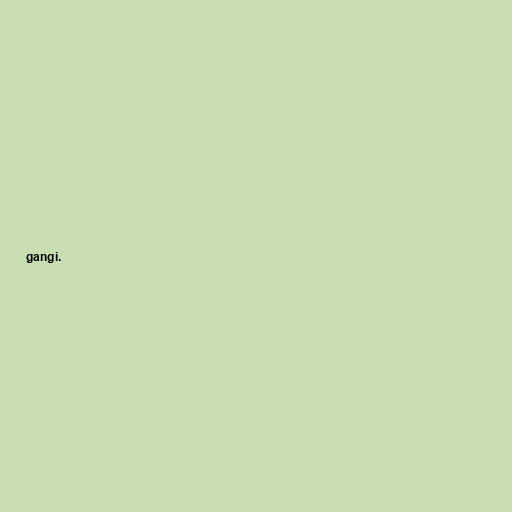
gangi.